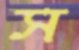
স